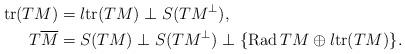
LaTeX: \begin{align*} \mathrm{tr}(TM)& =l\mathrm{tr}(TM)\perp S(TM^\perp),\\ T\overline{M} & = S(TM)\perp S(TM^\perp)\perp\{\mathrm{Rad}\, TM\oplus l\mathrm{tr}(TM)\} .\end{align*}